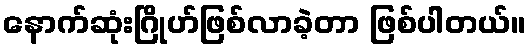
နောက်ဆုံးဂြိုဟ်ဖြစ်လာခဲ့တာ ဖြစ်ပါတယ်။